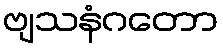
ဗျသနံဂတော